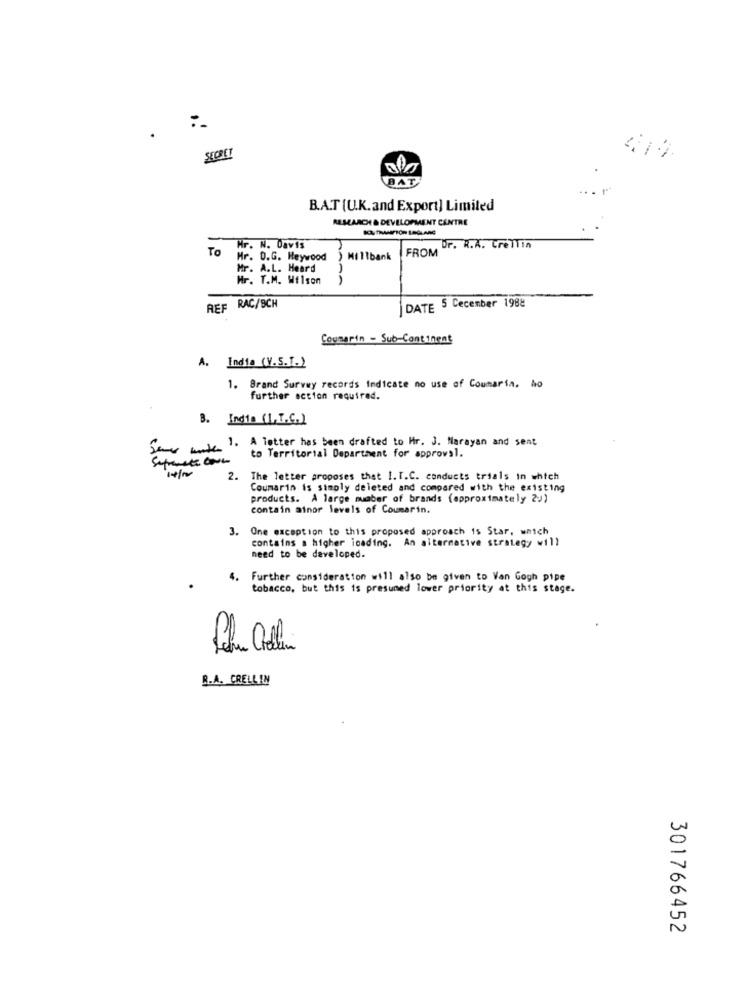
SECRET
BAT
B.A.T (U.K.and Export] Limited
AR SEARCH & DEVELOPMENT CENTRE
To
Hr. N. Davis
FROM DF. R.A. CreTTIn
Mr. D.G. Heywood
) Millbank
Mr. A.L. Heard
Mr. T.M. Wilson
REF RAC/SCH
DATE S Cecember 1988
Coumarin - Sub-Continent
A. India (V.S.T.)
1. Brand Survey records Indicate no use of Coumarin. ho
further action required.
B. India (1.I.C.)
Some with 1. A letter has been drafted to Hr. J. Marayan and sent
to Territorial Departhent for approval.
2. The letter proposes that I. T.C. conducts trials in which
Coumarin is simply deleted and compared with the existing
products. A large number of brands (approximately 25)
contain ainor levels of Coumarin.
3.
One exception to this proposed approach is Star, wnich
contains a higher loading. An alternative strategy will
need to be developed.
4.
Further consideration will also be given to Van Gogh pipe
tobacco, but this is presumed lower priority at this stage.
R.A. CRELLIN
301766452